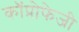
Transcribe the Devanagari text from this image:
कॉप्रोफेजी